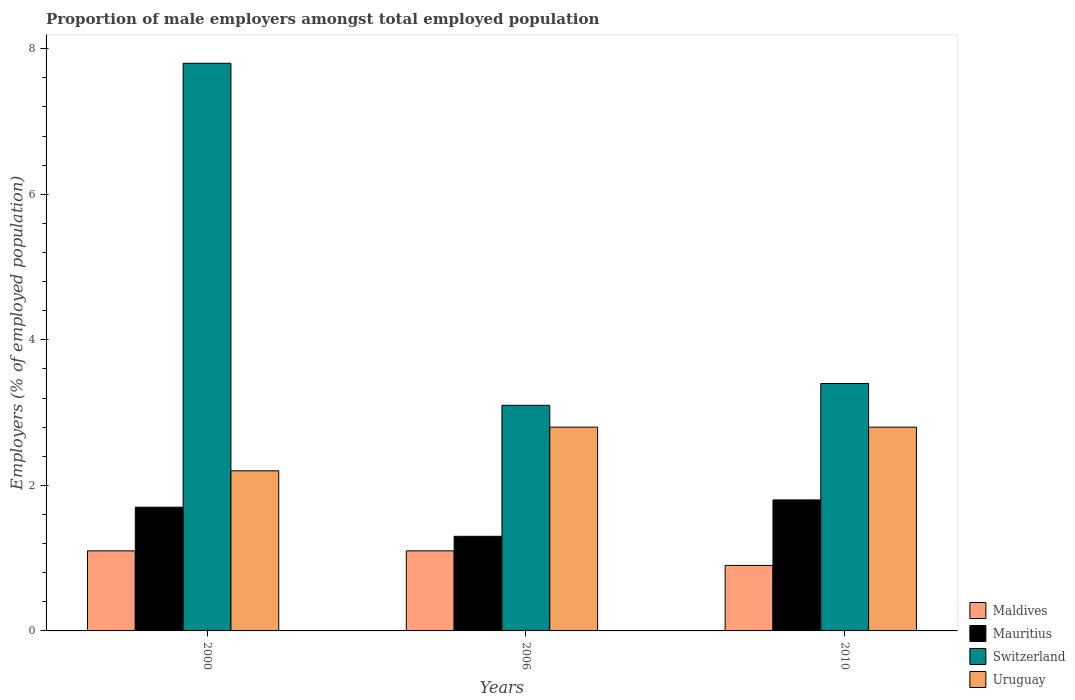
| Years | Maldives | Mauritius | Switzerland | Uruguay |
 | --- | --- | --- | --- | --- |
 | 2000 | 1.1 | 1.7 | 7.8 | 2.2 |
 | 2006 | 1.1 | 1.3 | 3.1 | 2.8 |
 | 2010 | 0.9 | 1.8 | 3.4 | 2.8 |